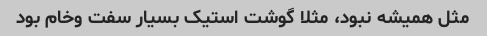
مثل همیشه نبود، مثلا گوشت استیک بسیار سفت و‌خام بود